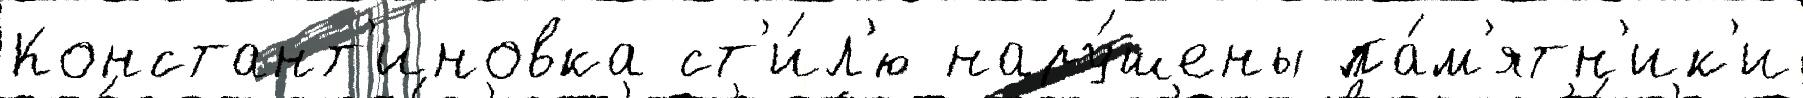
Констант'иновка ст'и́л'ю нару́шены па́м'ятн'ик'и